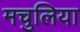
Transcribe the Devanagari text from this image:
मचुलिया